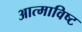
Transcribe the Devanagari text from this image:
आत्माविष्ट